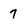
Character: 7